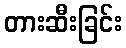
တားဆီးခြင်း